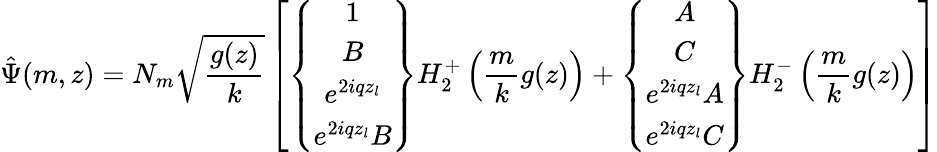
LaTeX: \hat{\Psi}(m,z)=N_{m}\sqrt{\frac{g(z)}{k}}\left[\left\{ \begin{array}{c}{{1}}\\ {{B}}\\ {{e^{2iqz_{l}}}}\\ {{e^{2iqz_{l}}B}}\end{array}\right\} H_{2}^{+}\left(\frac{m}{k}g(z)\right)+\left\{ \begin{array}{c}{{A}}\\ {{C}}\\ {{e^{2iqz_{l}}A}}\\ {{e^{2iqz_{l}}C}}\end{array}\right\} H_{2}^{-}\left(\frac{m}{k}g(z)\right)\right]